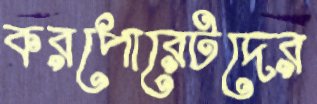
করপোরেটদের